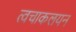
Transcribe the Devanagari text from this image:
त्वचाकलयन